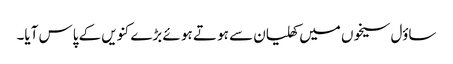
ساؤل سیخوں میں کھلیان سے ہو تے ہو ئے بڑے کنویں کے پاس آیا۔